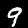
Label: 9